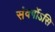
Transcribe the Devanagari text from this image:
संवर्गोऽसि